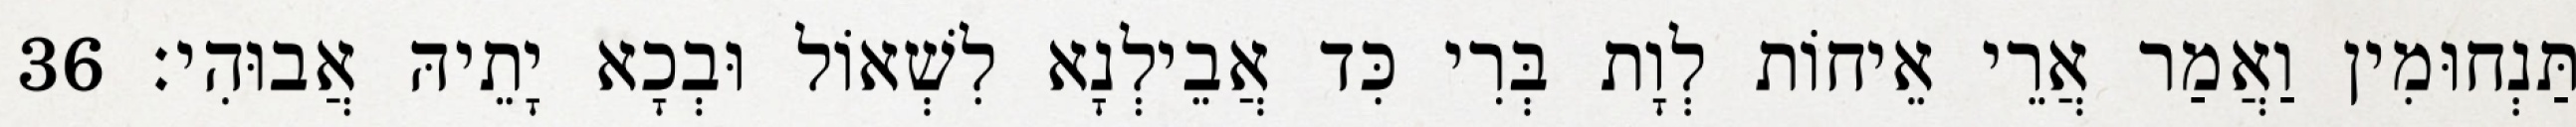
תַּנְחוּמִין וַאֲמַר אֲרֵי אֵיחוֹת לְוָת בְּרִי כִּד אֲבֵילְנָא לִשְׁאוֹל וּבְכָא יָתֵיהּ אֲבוּהִי׃ 36